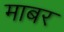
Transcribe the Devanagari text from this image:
माबर